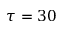
\tau = 3 0